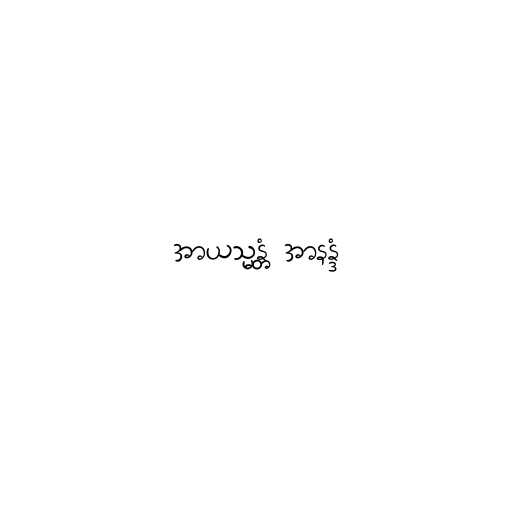
အာယသ္မန္တံ အာနန္ဒံ